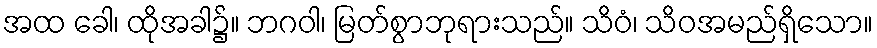
အထ ခေါ၊ ထိုအခါ၌။ ဘဂဝါ၊ မြတ်စွာဘုရားသည်။ သိဝံ၊ သိဝအမည်ရှိသော။